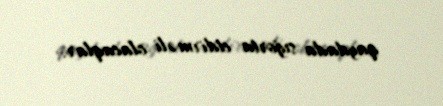
qaydada sığorta etdirməli olacaqlar.